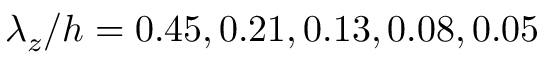
\lambda _ { z } / h = 0 . 4 5 , 0 . 2 1 , 0 . 1 3 , 0 . 0 8 , 0 . 0 5